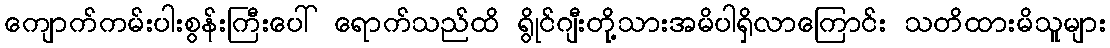
ကျောက်ကမ်းပါးစွန်းကြီးပေါ် ရောက်သည်ထိ ရွိုင်ဂျီးတို့သားအမိပါရှိလာကြောင်း သတိထားမိသူများ